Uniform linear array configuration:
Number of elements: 16
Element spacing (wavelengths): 0.75
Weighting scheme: binomial
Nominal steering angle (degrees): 30
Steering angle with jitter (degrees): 30.447
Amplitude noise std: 0.05
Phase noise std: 0.05

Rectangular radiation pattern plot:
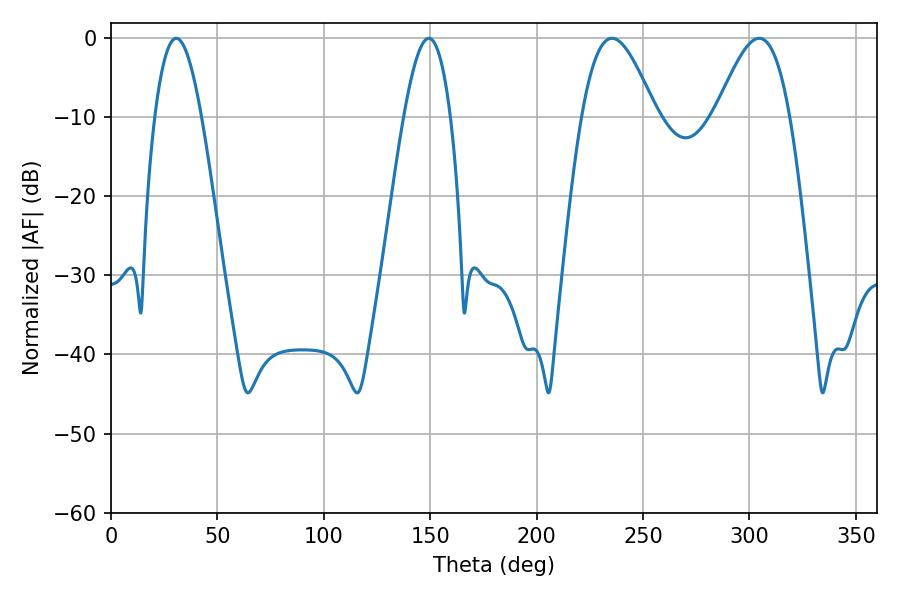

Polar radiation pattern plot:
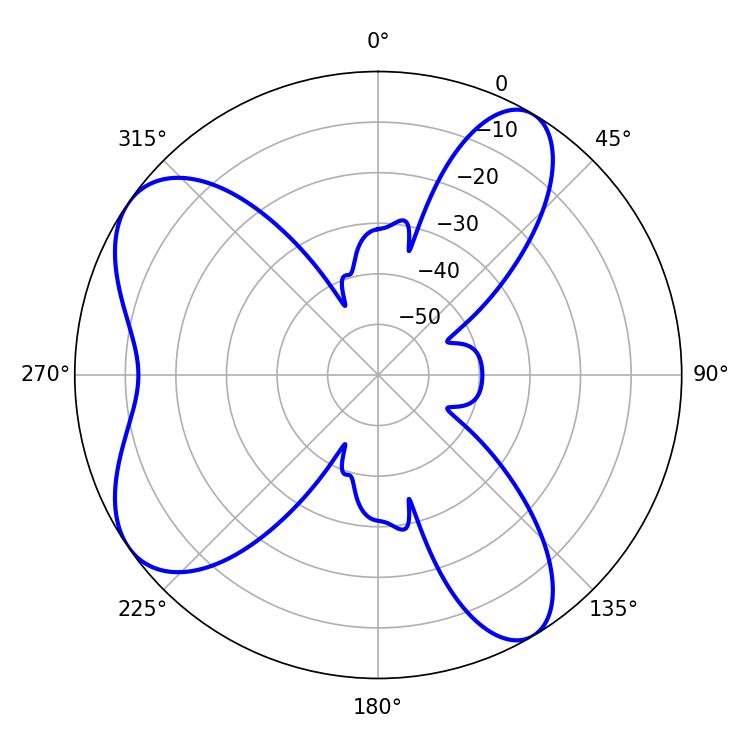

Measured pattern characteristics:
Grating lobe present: TRUE
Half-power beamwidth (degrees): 18.72
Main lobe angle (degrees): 235.44